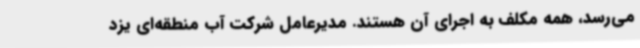
می‌رسد، همه مکلف به اجرای آن هستند. مدیرعامل شرکت آب منطقه‌ای یزد